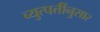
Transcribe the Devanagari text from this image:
व्युत्पत्तींनुसार